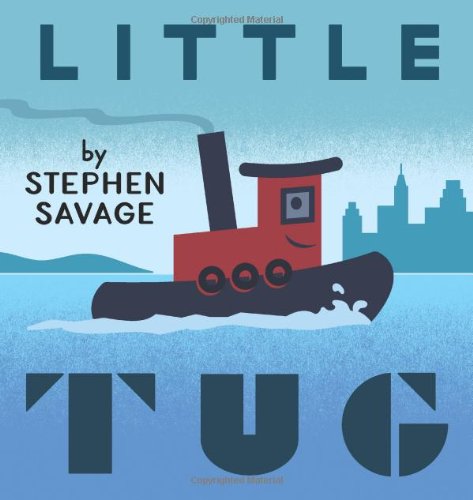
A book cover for Little Tug; Stephen Savage; Children's Books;